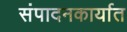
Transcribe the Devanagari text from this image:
संपादनकार्यात